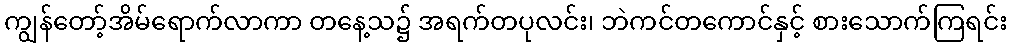
ကျွန်တော့်အိမ်ရောက်လာကာ တနေ့သ၌ အရက်တပုလင်း၊ ဘဲကင်တကောင်နှင့် စားသောက်ကြရင်း